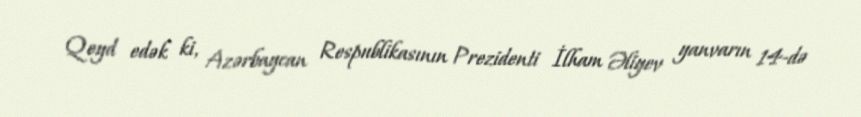
Qeyd edək ki, Azərbaycan Respublikasının Prezidenti İlham Əliyev yanvarın 14-də